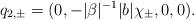
LaTeX: \begin{align*}q_{2,\pm} = (0,-\vert \beta \vert^{-1} {\vert b\vert} \chi_{\pm},0,0).\end{align*}